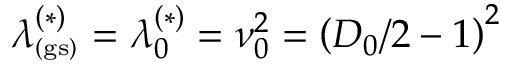
\lambda _ { _ \mathrm { ( g s ) } } ^ { ( \ast ) } = \lambda _ { 0 } ^ { ( \ast ) } = \nu _ { 0 } ^ { 2 } = \left( D _ { 0 } / 2 - 1 \right) ^ { 2 } \;